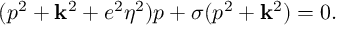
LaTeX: ( p ^ { 2 } + { \bf k } ^ { 2 } + e ^ { 2 } \eta ^ { 2 } ) p + \sigma ( p ^ { 2 } + { \bf k } ^ { 2 } ) = 0 .